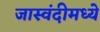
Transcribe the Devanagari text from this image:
जास्वंदीमध्ये